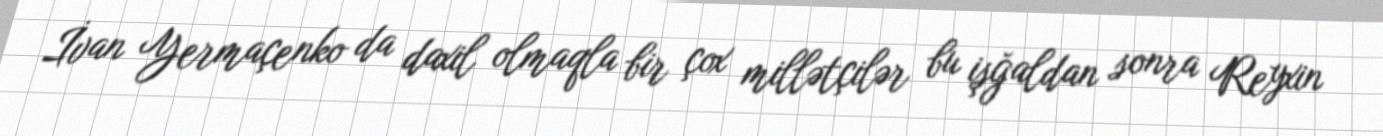
İvan Yermaçenko da daxil olmaqla bir çox millətçilər bu işğaldan sonra Reyxin